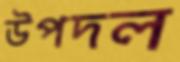
উপদল